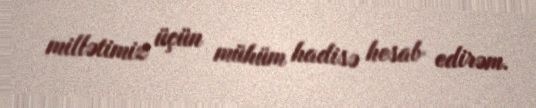
millətimiz üçün mühüm hadisə hesab edirəm.